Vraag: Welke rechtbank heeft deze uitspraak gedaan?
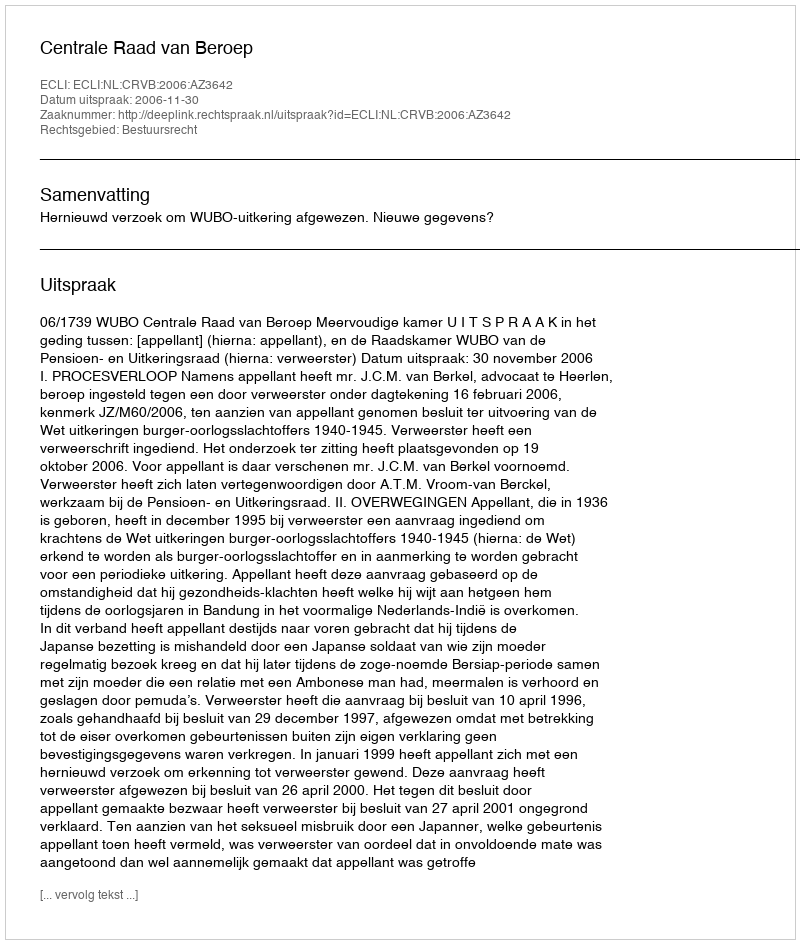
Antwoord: Centrale Raad van Beroep